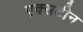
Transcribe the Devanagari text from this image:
एक्सटीन